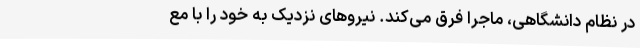
در نظام دانشگاهی، ماجرا فرق می‌کند. نیروهای نزدیک به خود را با مع